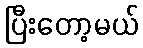
ပြီးတော့မယ်